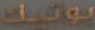
بوتيك